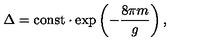
\Delta = \mathrm { c o n s t } \cdot \exp \left( - \frac { 8 \pi m } { g } \right) ,